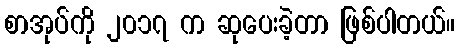
စာအုပ်ကို ၂၀၁၇ က ဆုပေးခဲ့တာ ဖြစ်ပါတယ်။